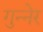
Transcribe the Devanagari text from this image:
गुन्नेर